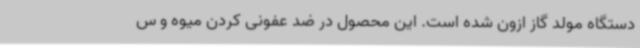
دستگاه مولد گاز ازون شده است. این محصول در ضد عفونی کردن میوه و س